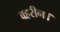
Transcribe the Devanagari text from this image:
बहरीन।